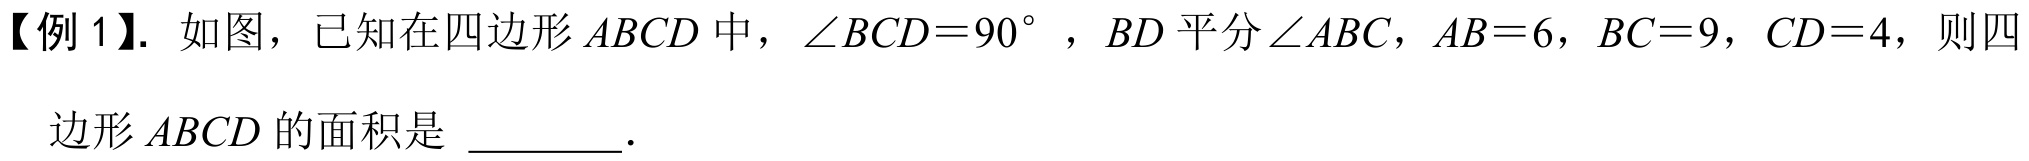
【例1】. 如图，已知在四边形$ABCD$中，$\angle BCD = 90^{\circ }$，$BD$平分$\angle ABC$，$AB = 6$，$BC = 9$，$CD = 4$，则四边形$ABCD$的面积是 \_\_\_\_\_ .